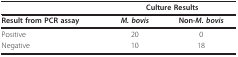
<table><thead><tr><td></td><td colspan="2"><b>Culture Results</b></td></tr></thead><tbody><tr><td><b>Result from PCR assay</b></td><td><b><i>M. bovis</i></b></td><td><b>Non-<i>M. bovis</i></b></td></tr><tr><td>Positive</td><td>20</td><td>0</td></tr><tr><td>Negative</td><td>10</td><td>18</td></tr></tbody></table>